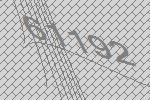
61192